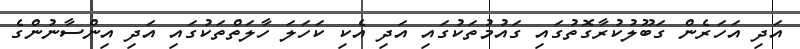
އަދި އަހަރެން ގަބޫލުކުރާގޮތުގައި ގައުމުތަކުގައި އަދި އެކި ކަހަލަ ހާލަތްތަކުގައި އަދި އިންސާނުންގެ